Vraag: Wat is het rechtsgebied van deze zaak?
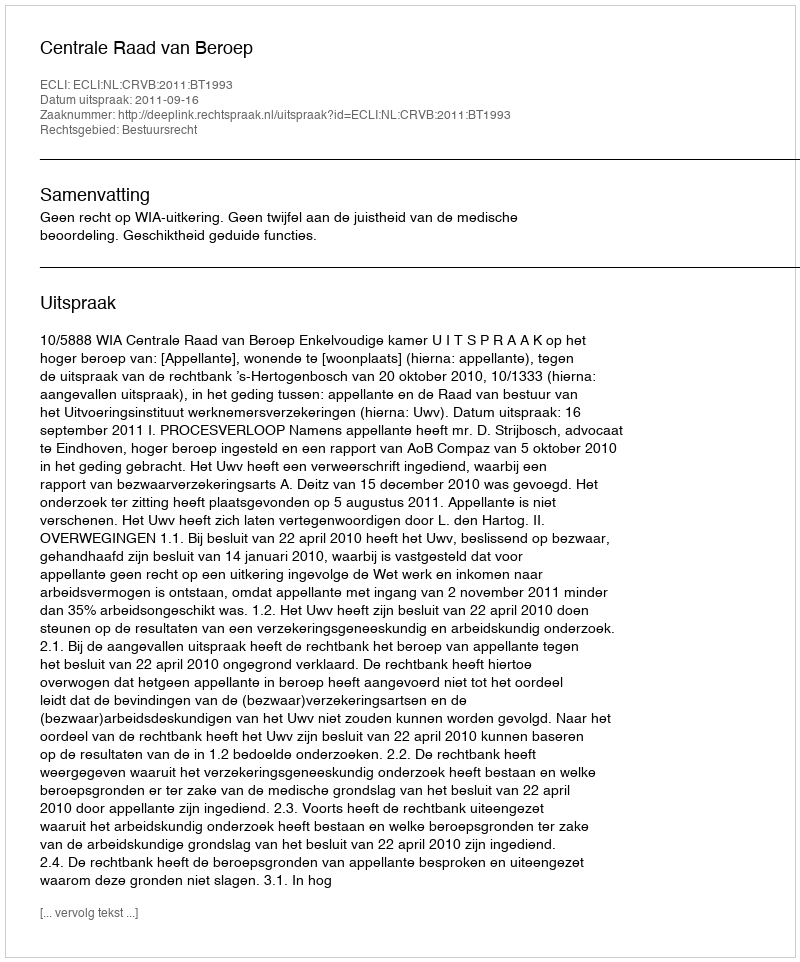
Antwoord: Bestuursrecht